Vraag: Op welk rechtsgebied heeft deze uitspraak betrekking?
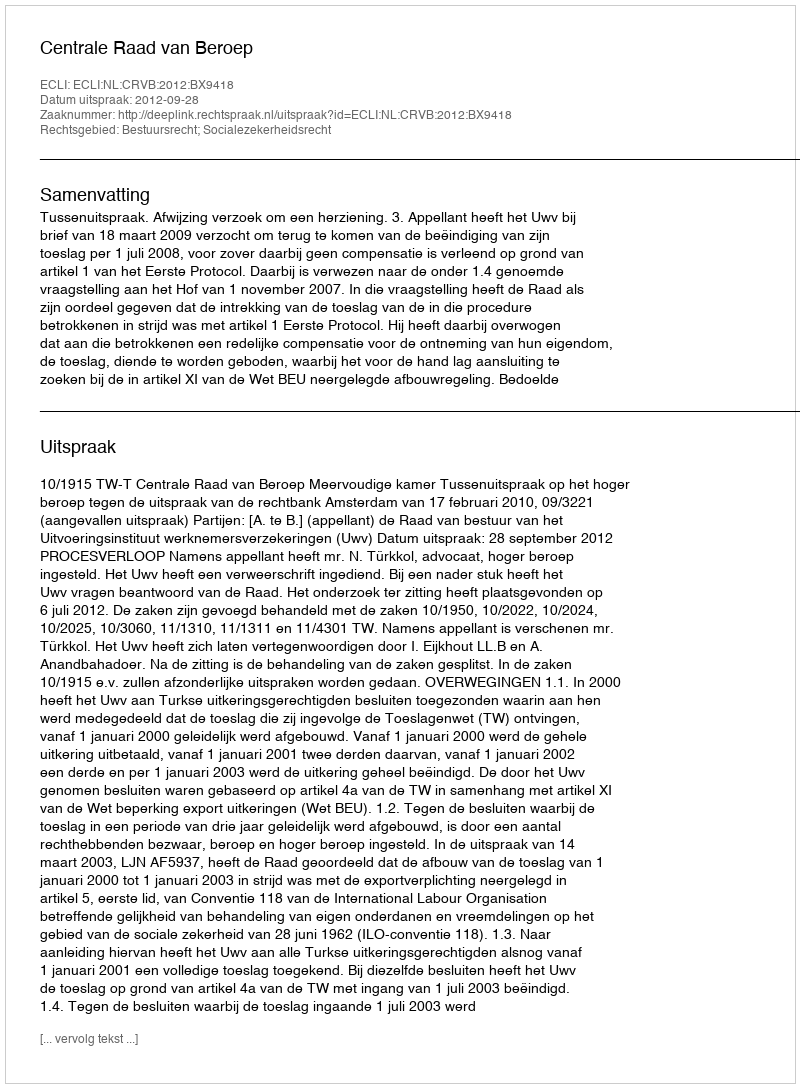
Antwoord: Bestuursrecht; Socialezekerheidsrecht